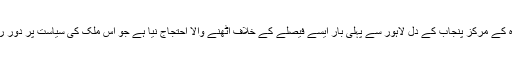
اب کی بار پاکستان کی مقتدرہ کے مرکز پنجاب کے دل لاہور سے پہلی بار ایسے فیصلے کے خلاف اٹھنے والا احتجاج نیا ہے جو اس ملک کی سیاست پر دور رس نتائج مرتب کر سکتا ہے۔